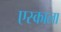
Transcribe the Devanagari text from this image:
एस्काला